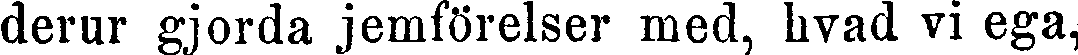
derur gjorda jemförelser med, hvad vi ega,